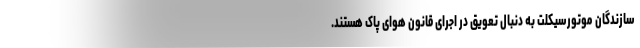
سازندگان موتورسیکلت به دنبال تعویق در اجرای قانون هوای پاک هستند.